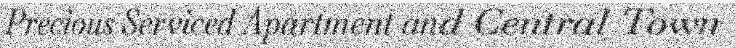
Precious Serviced Apartment and Central Town